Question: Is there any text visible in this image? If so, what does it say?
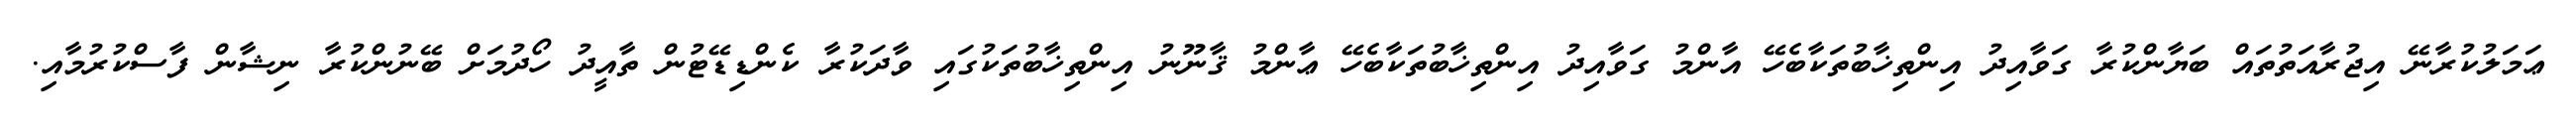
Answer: ޢަމަލުކުރާނޭ އިޖުރާއަތުތައް ބަޔާންކުރާ ގަވާއިދު އިންތިޚާބުތަކާބެހޭ އާންމު ގަވާއިދު އިންތިޚާބުތަކާބެހޭ ޢާންމު ޤާނޫނު އިންތިޚާބުތަކުގައި ވާދަކުރާ ކެންޑިޑޭޓުން ތާއީދު ހޯދުމަށް ބޭނުންކުރާ ނިޝާން ފާސްކުރުމާއި.